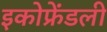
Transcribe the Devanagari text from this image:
इकोफ्रेंडली